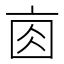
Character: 𠅓